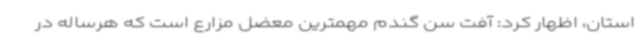
استان، اظهار کرد: آفت سن گندم مهمترین معضل مزارع است که هرساله در